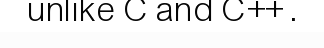
unlike C and C++ .